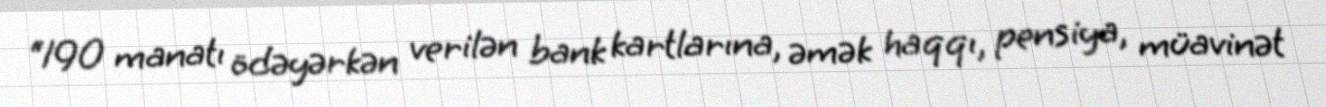
“190 manatı ödəyərkən verilən bank kartlarına, əmək haqqı, pensiya, müavinət